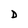
Character: D